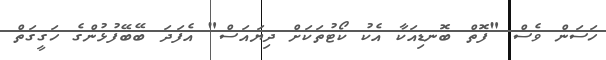
ހަސަން ވެސް "ފޮތް ބޮނޑިއަކާ އެކު ކޯޓުތަކަށް ދިޔައަސް" އެފަދަ ބޭބޭފުޅުންގެ ހަގީގަތް